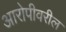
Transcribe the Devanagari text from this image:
आरोपीवरील